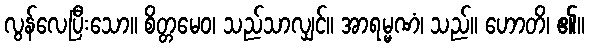
လွန်လေပြီးသော။ စိတ္တမေဝ၊ သည်သာလျှင်။ အာရမ္မဏံ၊ သည်။ ဟောတိ၊ ၏။